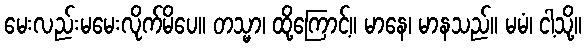
မေးလည်းမမေးလိုက်မိပေ။ တသ္မာ၊ ထို့ကြောင့်။ မာနေ၊ မာနသည်။ မမံ၊ ငါ့သို့။